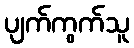
ပျက်ကွက်သူ